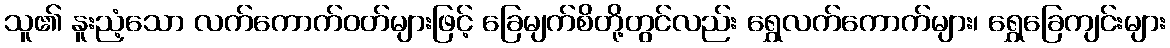
သူ၏ နူးညံ့သော လက်ကောက်ဝတ်များဖြင့် ခြေမျက်စိတို့တွင်လည်း ရွှေလက်ကောက်များ၊ ရွှေခြေကျင်းများ